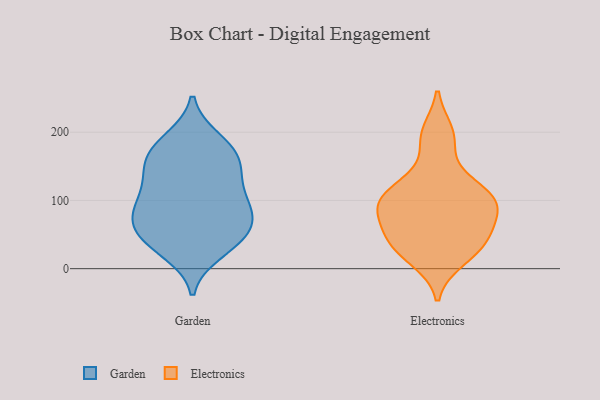
{"axis": {"x": "Energy Usage (MWh)", "y": "Value"}, "legend": ["Electronics", "Garden"], "data": [{"x": "", "y": 164, "type": "Garden"}, {"x": "", "y": 89, "type": "Garden"}, {"x": "", "y": 165, "type": "Garden"}, {"x": "", "y": 81, "type": "Garden"}, {"x": "", "y": 119, "type": "Garden"}, {"x": "", "y": 158, "type": "Garden"}, {"x": "", "y": 59, "type": "Garden"}, {"x": "", "y": 24, "type": "Garden"}, {"x": "", "y": 131, "type": "Garden"}, {"x": "", "y": 48, "type": "Garden"}, {"x": "", "y": 188, "type": "Garden"}, {"x": "", "y": 43, "type": "Garden"}, {"x": "", "y": 157, "type": "Garden"}, {"x": "", "y": 30, "type": "Garden"}, {"x": "", "y": 75, "type": "Garden"}, {"x": "", "y": 89, "type": "Garden"}, {"x": "", "y": 90, "type": "Garden"}, {"x": "", "y": 53, "type": "Garden"}, {"x": "", "y": 190, "type": "Garden"}, {"x": "", "y": 123, "type": "Garden"}, {"x": "", "y": 64, "type": "Electronics"}, {"x": "", "y": 189, "type": "Electronics"}, {"x": "", "y": 99, "type": "Electronics"}, {"x": "", "y": 28, "type": "Electronics"}, {"x": "", "y": 52, "type": "Electronics"}, {"x": "", "y": 97, "type": "Electronics"}, {"x": "", "y": 131, "type": "Electronics"}, {"x": "", "y": 32, "type": "Electronics"}, {"x": "", "y": 14, "type": "Electronics"}, {"x": "", "y": 107, "type": "Electronics"}, {"x": "", "y": 199, "type": "Electronics"}, {"x": "", "y": 112, "type": "Electronics"}, {"x": "", "y": 90, "type": "Electronics"}, {"x": "", "y": 84, "type": "Electronics"}, {"x": "", "y": 42, "type": "Electronics"}]}